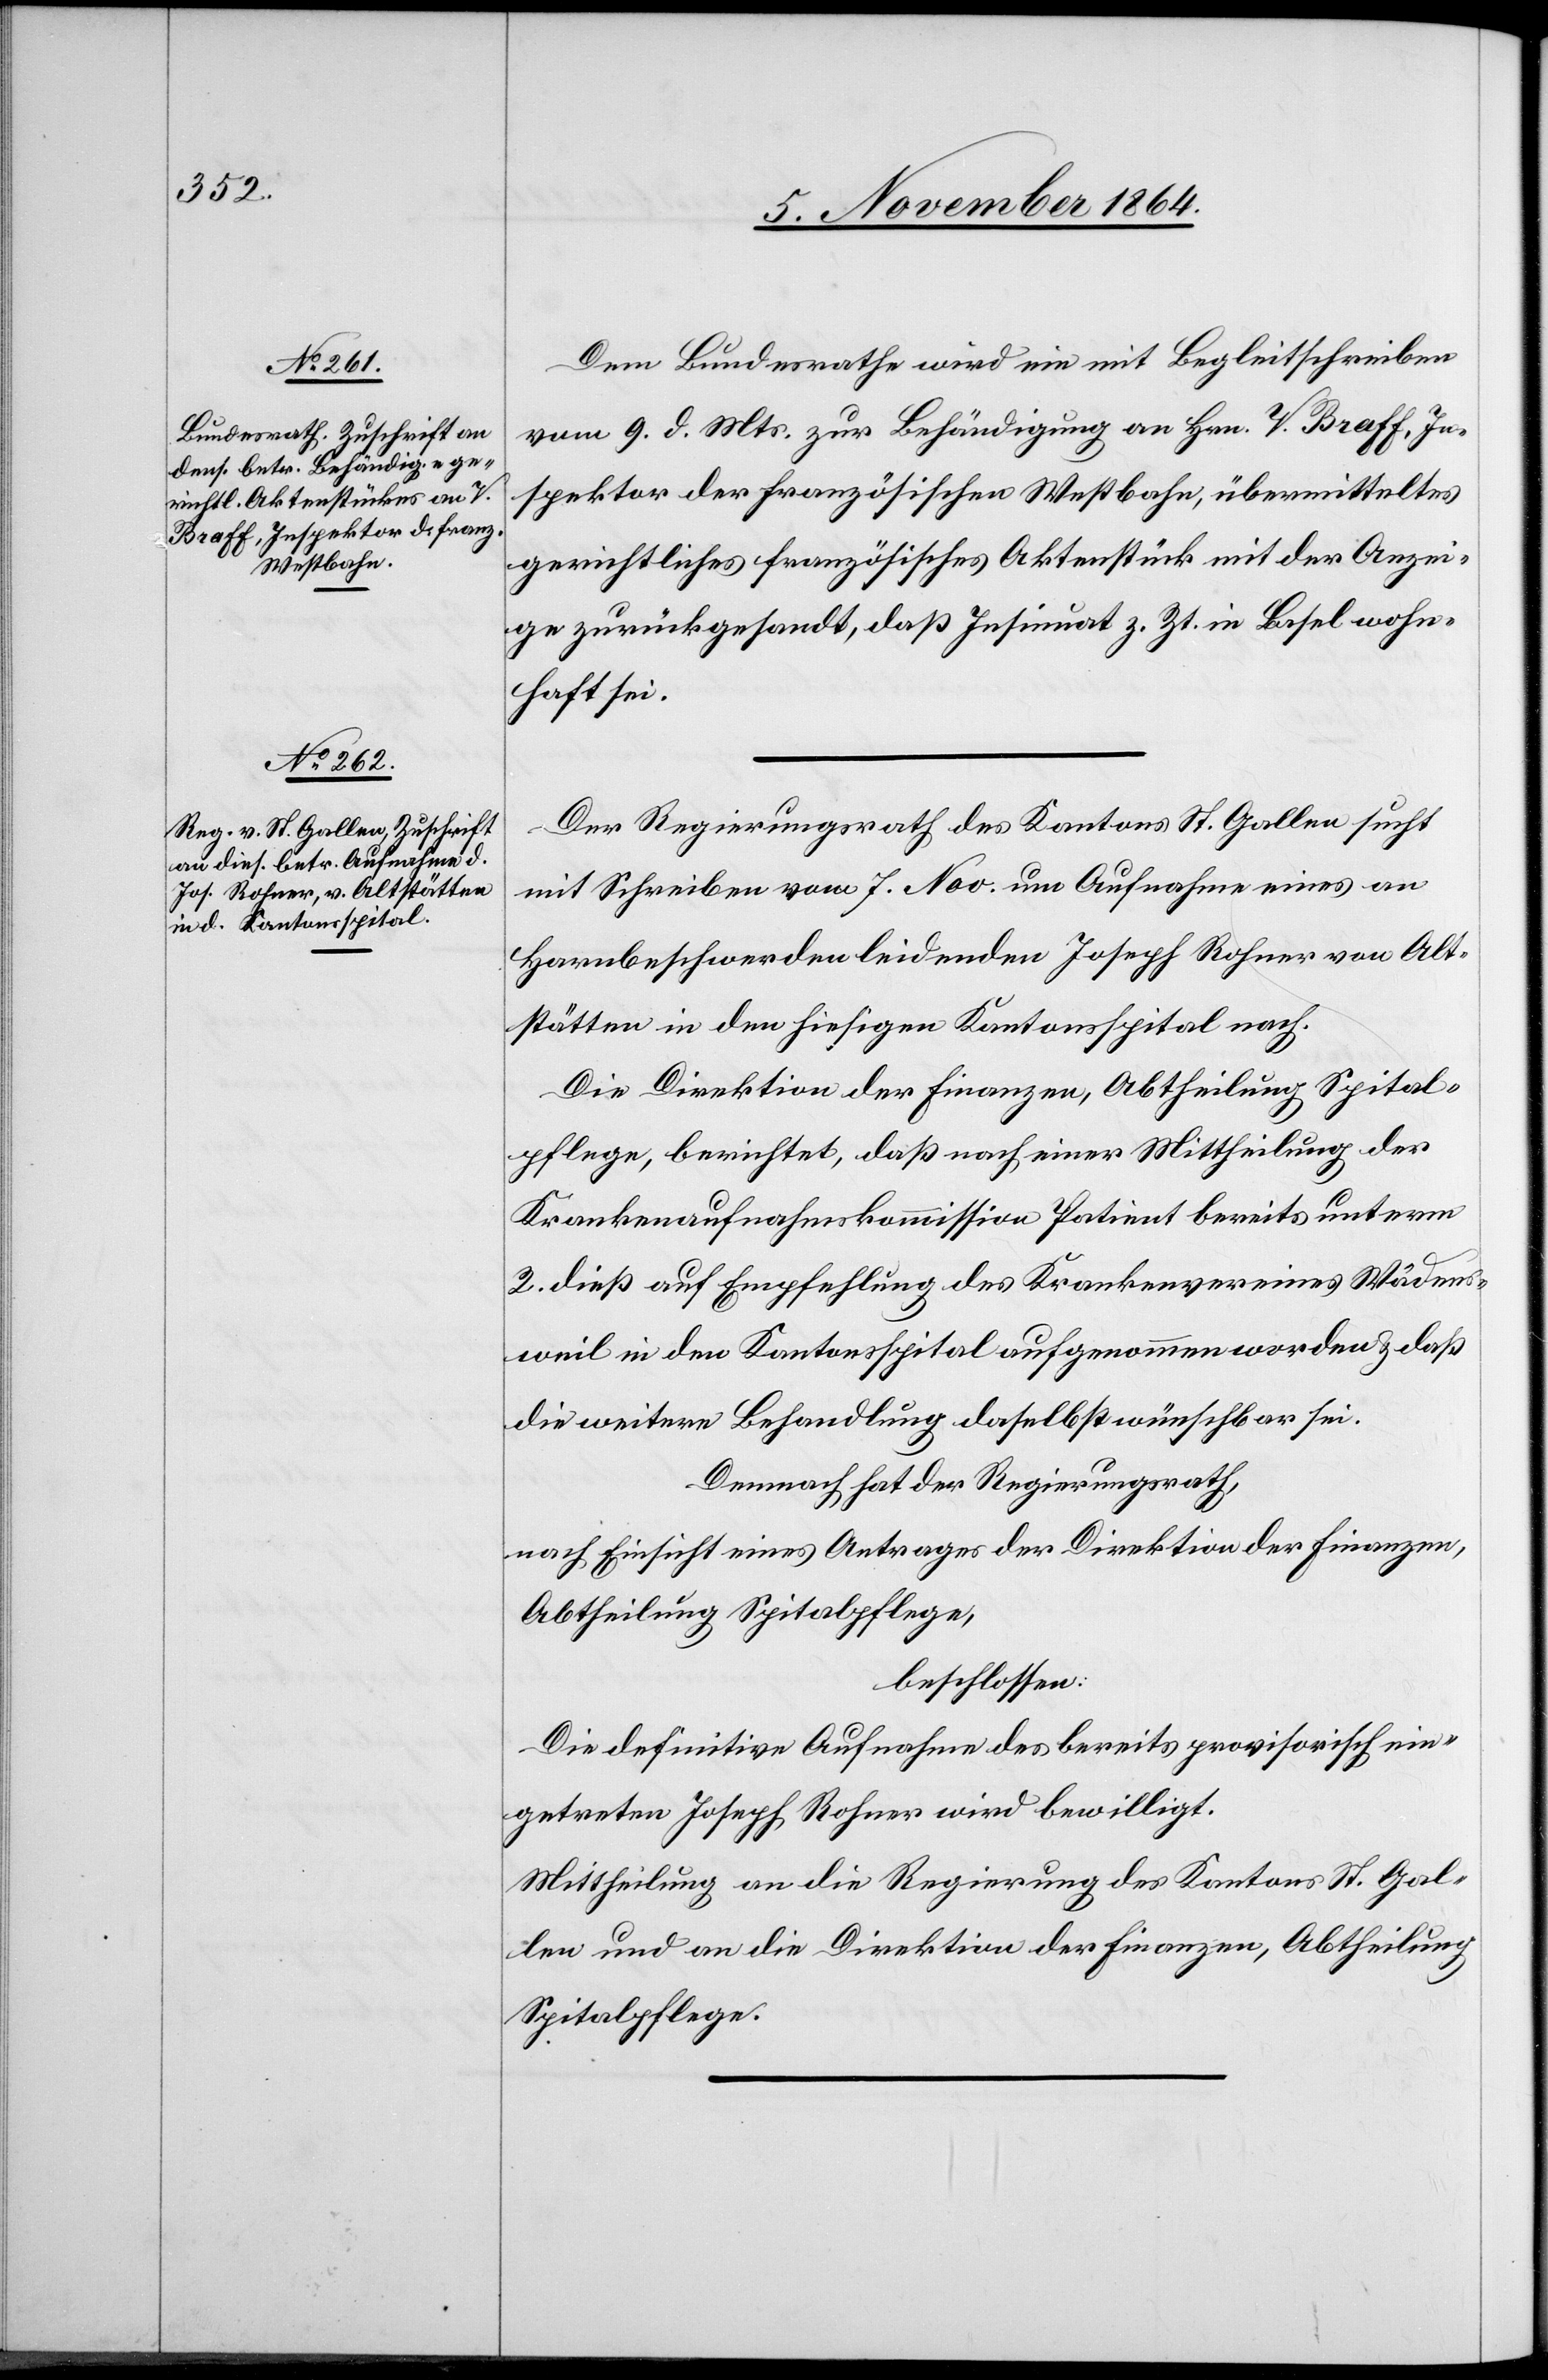
11. November 1864.]
Dem Bundesrathe wird ein mit Begleitschreiben
vom 9. d. Mts. zur Behändigung an Hrn. V. Braff, In¬
spektor der französischen Westbahn, übermitteltes
gerichtliches französisches Aktenstück mit der Anzei¬
ge zurückgesandt, daß Insinuat z. Zt. in Basel wohn¬
haft sei.
Der Regierungsrath des Kantons St. Gallen sucht
mit Schreiben vom 7. Nov. um Aufnahme eines an
Harnbeschwerden leidenden Joseph Rohner von Alt¬
stätten in den hiesigen Kantonsspital nach.
Die Direktion der Finanzen, Abtheilung Spital¬
pflege, berichtet, daß nach einer Mittheilung der
Krankenaufnahmskommission Patient bereits unterm
2. dieß auf Empfehlung des Krankenvereines Wädens¬
weil in den Kantonsspital aufgenommen worden & daß
die weitere Behandlung daselbst wünschbar sei.
Demnach hat der Regierungsrath,
nach Einsicht eines Antrages der Direktion der Finanzen,
Abtheilung Spitalpflege,
beschlossen:
Die definitive Aufnahme des bereits provisorisch ein¬
getreten[en] Joseph Rohner wird bewilligt.
Mittheilung an die Regierung des Kantons St. Gal¬
len und an die Direktion der Finanzen, Abtheilung
Spitalpflege.